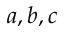
a , b , c